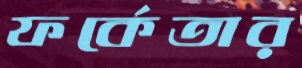
ফর্কেতার